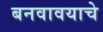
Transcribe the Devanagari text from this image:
बनवावयाचे